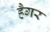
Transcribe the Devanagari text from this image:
हैगर